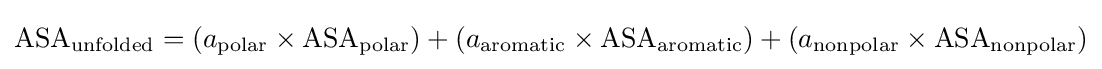
{\ce {ASA_{unfolded}}}=\left(a_{{\ce {polar}}}\times {\ce {ASA_{polar}}}\right)+\left(a_{{\ce {aromatic}}}\times {\ce {ASA_{aromatic}}}\right)+\left(a_{{\ce {nonpolar}}}\times {\ce {ASA_{nonpolar}}}\right)